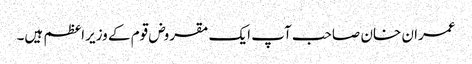
عمران خان صاحب آپ ایک مقروض قوم کے وزیراعظم ہیں۔